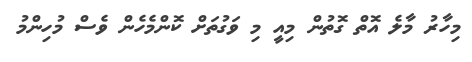
މިހާރު މާލެ އޮތް ގޮތުން މިއީ މި ވަގުތަށް ކޮންމެހެން ވެސް މުހިންމު